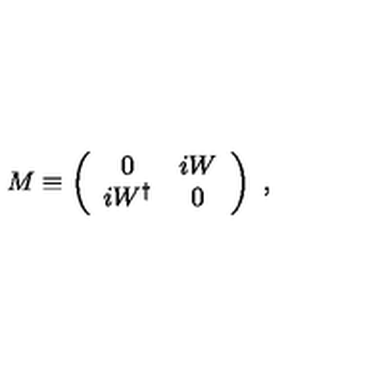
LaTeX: M \equiv \left( \begin{array} { c c } { 0 } & { i W } \\ { i W ^ { \dagger } } & { 0 } \\ \end{array} \right) \ ,